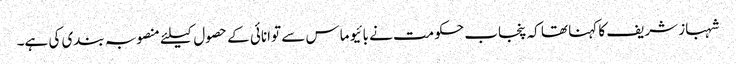
شہباز شریف کا کہنا تھا کہ پنجاب حکومت نے بائیو ماس سے توانائی کے حصول کیلئے منصوبہ بندی کی ہے۔